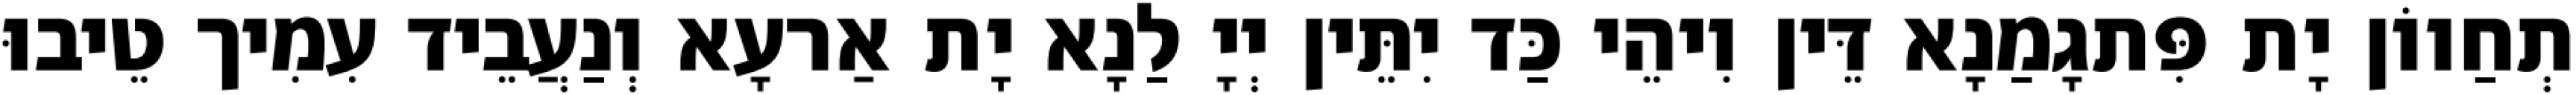
תְחַווֹן יָת פִּתגָמַנָא דֵּין וִיהֵי כַּד יִתֵּין יְיָ לַנָא יָת אַרעָא וְנַעֲבֵיד עִמִיך טֵיבוּ